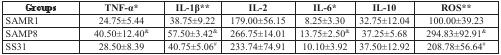
<table><thead><tr><td><b>Groups</b></td><td><b>TNF-α*</b></td><td><b>IL-1β**</b></td><td><b>IL-2</b></td><td><b>IL-6*</b></td><td><b>IL-10</b></td><td><b>ROS**</b></td></tr></thead><tbody><tr><td>SAMR1</td><td>24.75±5.44</td><td>38.75±9.22</td><td>179.00±56.15</td><td>8.25±3.30</td><td>32.75±12.04</td><td>100.00±39.23</td></tr><tr><td>SAMP8</td><td>40.50±12.40<sup>&amp;</sup></td><td>57.50±3.42<sup>&amp;</sup></td><td>266.75±14.01</td><td>13.75±2.50<sup>&amp;</sup></td><td>37.25±5.68</td><td>294.83±92.91<sup>&amp;</sup></td></tr><tr><td>SS31</td><td>28.50±8.39</td><td>40.75±5.06<sup>#</sup></td><td>233.74±74.91</td><td>10.10±3.92</td><td>37.50±12.92</td><td>208.78±56.64<sup>#</sup></td></tr></tbody></table>